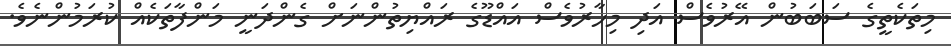
މިތަކެތީގެ ސަބަބުން އޭރުވެސް އަދި މިހާރުވެސް އައްޑޫގެ ރައްޔިތުންނަށް ގެންދަނީ މަންފާތަކެއް ކުރަމުންނެވެ.